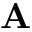
\mathbf { A }